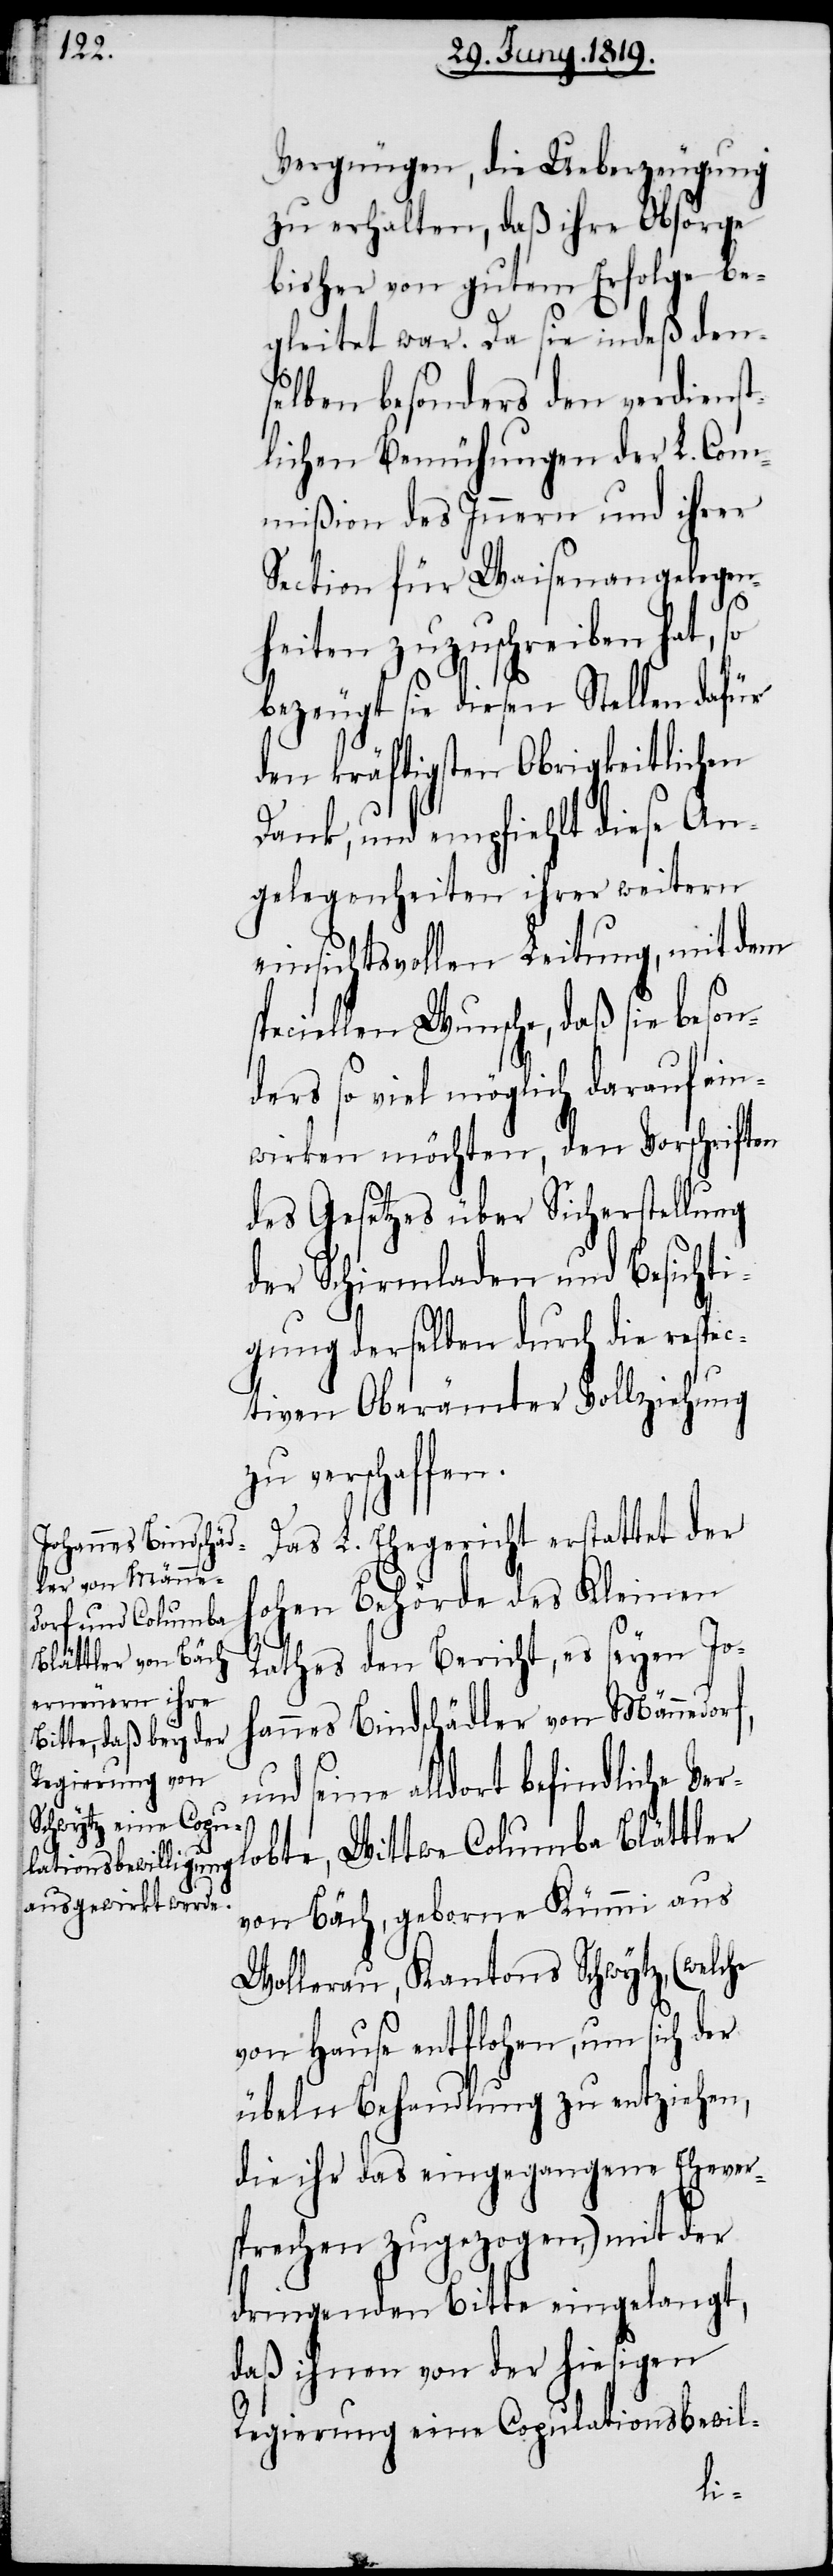
Vergnügen, die Ueberzeugung
zu erhalten, daß ihre Obsorge
bisher von gutem Erfolge be¬
gleitet war. Da sie indeß den¬
selben besonders den verdienst¬
lichen Bemühungen der L. Com¬
mißion des Innern und ihrer
Section für Waisenangelegen¬
heiten zuzuschreiben hat, so
bezeugt sie diesen Stellen dafür
den kräftigsten Obrigkeitlichen
Dank, und empfiehlt diese An¬
gelegenheiten ihrer weitern
einsichtsvollen Leitung, mit dem
peciellen Wunsche, daß sie beson¬
ders so viel möglich darauf ein¬
wirken möchten, den Vorschriften
des Gesetzes über Sicherstellung
der Schirmladen und Besichti¬
gung derselben durch die respec¬
tiven Oberämter Vollziehung
zu verschaffen.
Das L. Ehegericht erstattet der
hohen Behörde des Kleinen
Rathes den Bericht, es seyen Jo¬
hannes Bindschädler von Männedorf,
und seine alldort befindliche Ver¬
lobte, Wittwe Columba Blättler
von Bäch, geborne Kümmi aus
Wollerau, Kantons Schwytz, (welche
von Hause entflohen, um sich der
übeln Behandlung zu entziehen,
die ihr das eingegangene Ehever¬
sprechen zugezogen,) mit der
dringenden Bitte eingelangt,
daß ihnen von der hiesigen
Regierung eine Copulationsbewil-
s¬